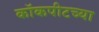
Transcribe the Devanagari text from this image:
कॉकपीटच्या